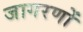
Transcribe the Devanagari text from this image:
जागरणों